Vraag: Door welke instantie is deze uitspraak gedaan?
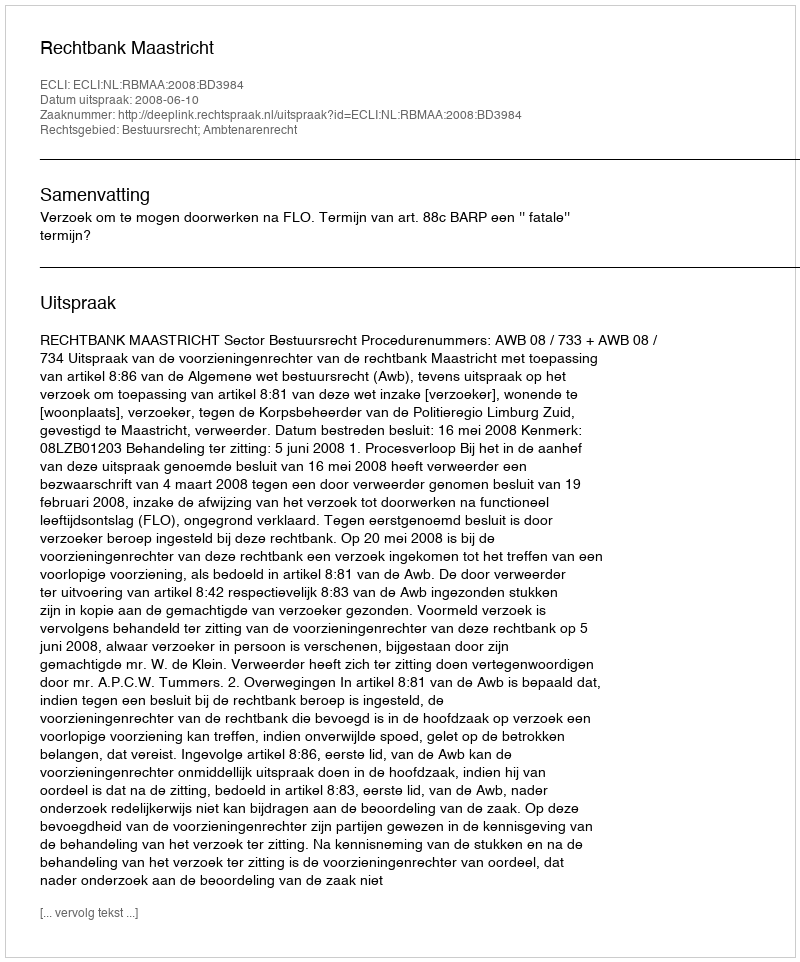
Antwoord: Rechtbank Maastricht